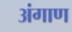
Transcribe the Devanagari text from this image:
अंगाण